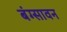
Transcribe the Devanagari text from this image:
बंग्सावन